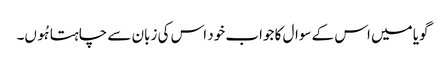
گویا میں اس کے سوال کا جواب خود اس کی زبان سے چاہتا ہُوں۔